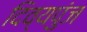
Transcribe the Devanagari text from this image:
दिव्यपुंज